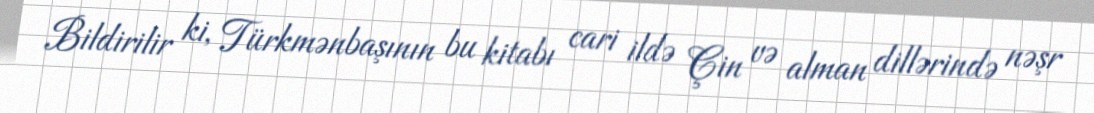
Bildirilir ki, Türkmənbaşının bu kitabı cari ildə Çin və alman dillərində nəşr